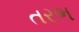
તરભ